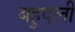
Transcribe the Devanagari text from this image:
बहुदली